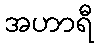
အဟာရီ